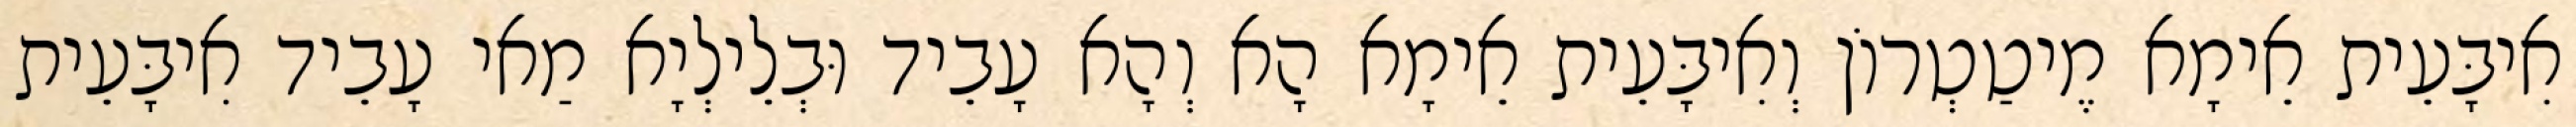
אִיבָּעֵית אֵימָא מֶיטַטְרוֹן וְאִיבָּעֵית אֵימָא הָא וְהָא עָבֵיד וּבְלֵילְיָא מַאי עָבֵיד אִיבָּעֵית